Annual report of the Imperial Bacteriological Laboratory, Muktesar
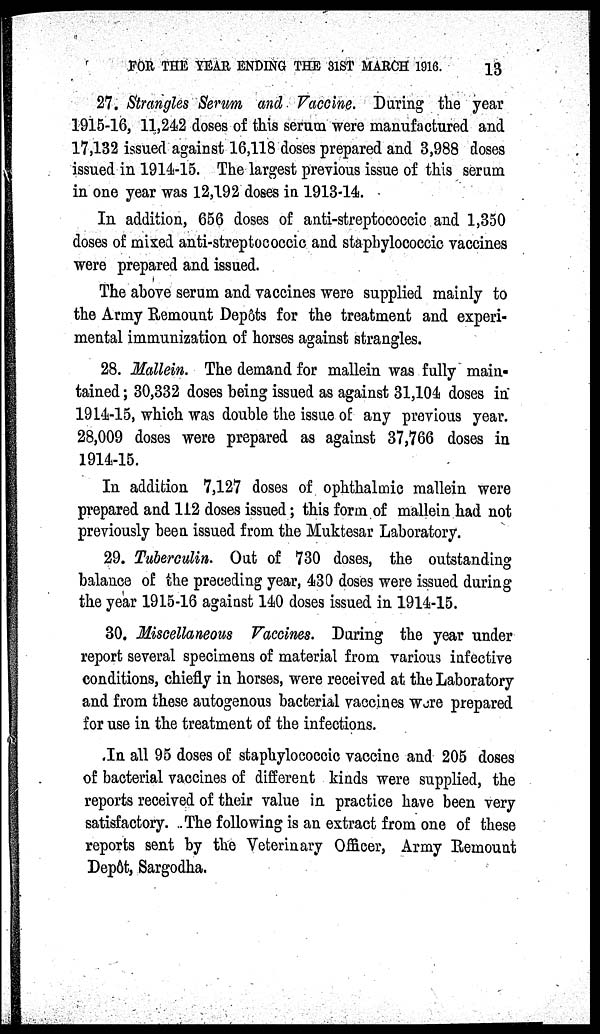
FOR THE YEAR ENDING THE 31ST MARCH 1916.
13
27. Strangles Serum and Vaccine. During the year
1915-16, 11,242 doses of this serum were manufactured and
17,132 issued against 16,118 doses prepared and 3,988 doses
issued in 1914-15. The largest previous issue of this serum
in one year was 12,192 doses in 1913-14.
In addition, 656 doses of anti-streptococcic and 1,350
doses of mixed anti-streptococcic and staphylococcic vaccines
were prepared and issued.
The above serum and vaccines were supplied mainly to
the Army Remount Depôts for the treatment and experi-
mental immunization of horses against strangles.
28. Mallein. The demand for mallein was fully main¬
tained; 30,332 doses being issued as against 31,104 doses in
1914-15, which was double the issue of any previous year.
28,009 doses were prepared as against 37,766 doses in
1914-15.
In addition 7,127 doses of ophthalmic mallein were
prepared and 112 doses issued; this form of mallein had not
previously been issued from the Muktesar Laboratory.
29. Tuberculin. Out of 730 doses, the outstanding
balance of the preceding year, 430 doses were issued during
the year 1915-16 against 140 doses issued in 1914-15.
30. Miscellaneous Vaccines. During the year under
report several specimens of material from various infective
conditions, chiefly in horses, were received at the Laboratory
and from these autogenous bacterial vaccines were prepared
for use in the treatment of the infections.
In all 95 doses of staphylococcic vaccine and 205 doses
of bacterial vaccines of different kinds were supplied, the
reports received of their value in practice have been very
satisfactory. The following is an extract from one of these
reports sent by the Veterinary Officer, Army Remount
Depôt, Sargodha.